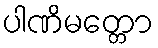
ပါဏိမတ္တော